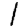
Digit: 1